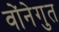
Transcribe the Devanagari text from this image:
वोंनेगुत